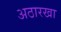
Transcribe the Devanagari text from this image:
अठारखा